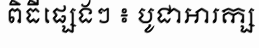
ពិធីផ្សេងៗ ៖ បូជាអារក្ស